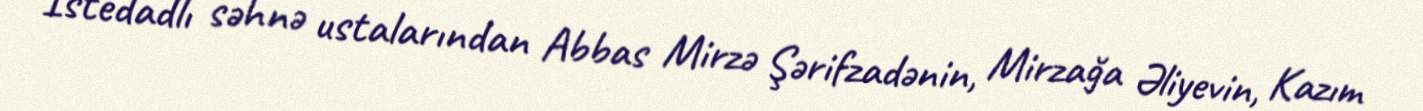
Istedadlı səhnə ustalarından Abbas Mirzə Şərifzadənin, Mirzağa Əliyevin, Kazım